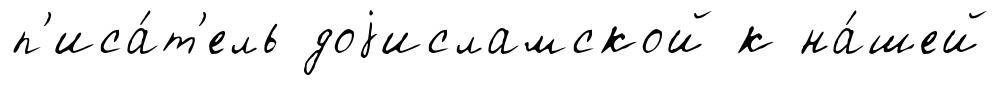
п'иса́т'ель доjисламской к на́шей